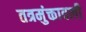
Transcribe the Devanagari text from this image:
तत्रमुंक्तावली